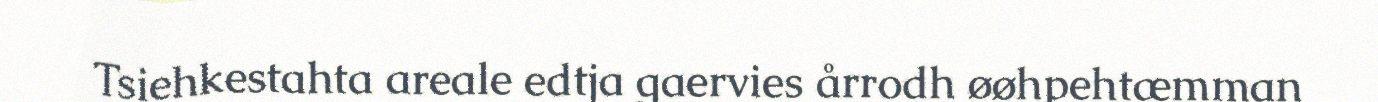
Tsiehkestahta areale edtja gaervies årrodh øøhpehtæmman